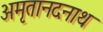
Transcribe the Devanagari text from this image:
अमृतानदनाथ